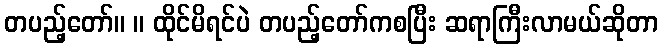
တပည့်တော်။ ။ ထိုင်မိရင်ပဲ တပည့်တော်ကစပြီး ဆရာကြီးလာမယ်ဆိုတာ